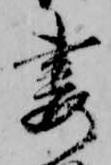
妻